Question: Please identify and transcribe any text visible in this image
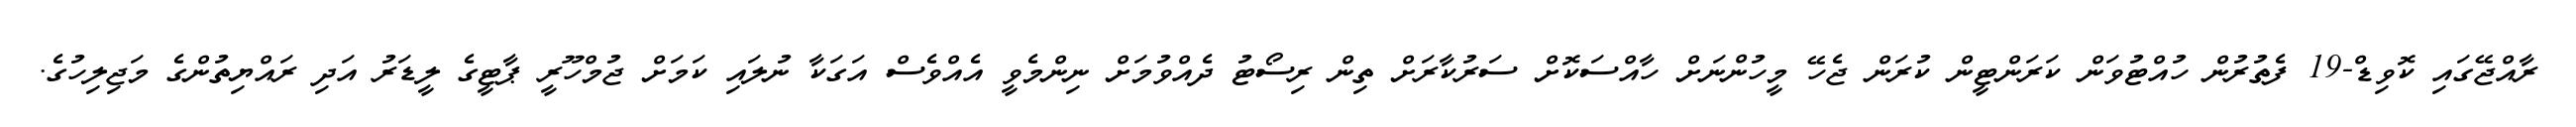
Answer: ރާއްޖޭގައި ކޮވިޑް-19 ފެތުރުން ހުއްޓުވަން ކަރަންޓީން ކުރަން ޖެހޭ މީހުންނަށް ހާއްސަކޮށް ސަރުކާރަށް ތިން ރިސޯޓު ދެއްވުމަށް ނިންމެވީ އެއްވެސް އަގަކާ ނުލައި ކަމަށް ޖުމްހޫރީ ޕާޓީގެ ލީޑަރު އަދި ރައްޔިތުންގެ މަޖިލިހުގެ.